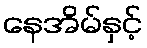
နေအိမ်နှင့်